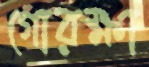
গোরক্ষা